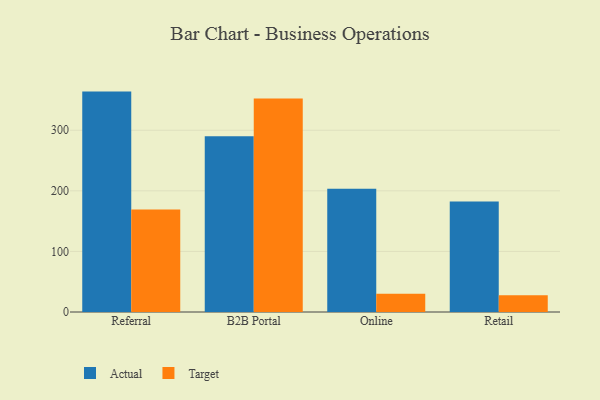
{"axis": {"x": "Channel", "y": "Operating Costs (USD K)"}, "legend": ["Actual", "Target"], "data": [{"x": "Referral", "y": 363.8, "type": "Actual"}, {"x": "Referral", "y": 169.3, "type": "Target"}, {"x": "B2B Portal", "y": 290.1, "type": "Actual"}, {"x": "B2B Portal", "y": 352.4, "type": "Target"}, {"x": "Online", "y": 203.6, "type": "Actual"}, {"x": "Online", "y": 30.0, "type": "Target"}, {"x": "Retail", "y": 182.5, "type": "Actual"}, {"x": "Retail", "y": 27.8, "type": "Target"}]}